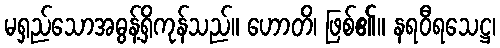
မရှည်သောအဓွန့်ရှိကုန်သည်။ ဟောတိ၊ ဖြစ်၏။ နရဝီရသေဋ္ဌ၊